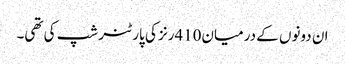
ان دونوں کے درمیان410رنز کی پارٹنر شپ کی تھی۔